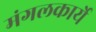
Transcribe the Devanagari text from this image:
मंगलकार्ये